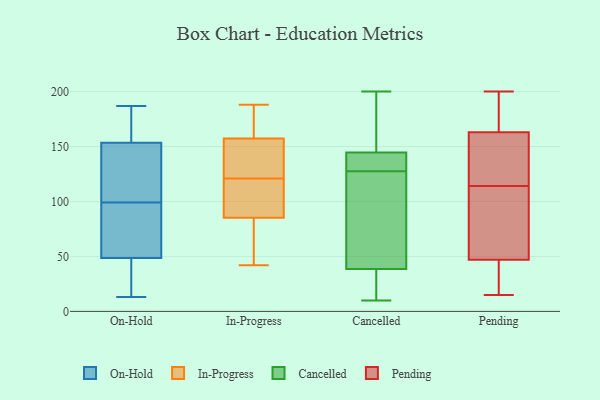
{"axis": {"x": "Operating Costs (USD K)", "y": "Value"}, "legend": ["Cancelled", "In-Progress", "On-Hold", "Pending"], "data": [{"x": "", "y": 68, "type": "On-Hold"}, {"x": "", "y": 178, "type": "On-Hold"}, {"x": "", "y": 79, "type": "On-Hold"}, {"x": "", "y": 29, "type": "On-Hold"}, {"x": "", "y": 13, "type": "On-Hold"}, {"x": "", "y": 64, "type": "On-Hold"}, {"x": "", "y": 153, "type": "On-Hold"}, {"x": "", "y": 119, "type": "On-Hold"}, {"x": "", "y": 126, "type": "On-Hold"}, {"x": "", "y": 154, "type": "On-Hold"}, {"x": "", "y": 187, "type": "On-Hold"}, {"x": "", "y": 33, "type": "On-Hold"}, {"x": "", "y": 164, "type": "In-Progress"}, {"x": "", "y": 179, "type": "In-Progress"}, {"x": "", "y": 127, "type": "In-Progress"}, {"x": "", "y": 42, "type": "In-Progress"}, {"x": "", "y": 95, "type": "In-Progress"}, {"x": "", "y": 115, "type": "In-Progress"}, {"x": "", "y": 146, "type": "In-Progress"}, {"x": "", "y": 121, "type": "In-Progress"}, {"x": "", "y": 188, "type": "In-Progress"}, {"x": "", "y": 66, "type": "In-Progress"}, {"x": "", "y": 110, "type": "In-Progress"}, {"x": "", "y": 82, "type": "In-Progress"}, {"x": "", "y": 121, "type": "In-Progress"}, {"x": "", "y": 69, "type": "In-Progress"}, {"x": "", "y": 161, "type": "In-Progress"}, {"x": "", "y": 134, "type": "Cancelled"}, {"x": "", "y": 150, "type": "Cancelled"}, {"x": "", "y": 25, "type": "Cancelled"}, {"x": "", "y": 160, "type": "Cancelled"}, {"x": "", "y": 10, "type": "Cancelled"}, {"x": "", "y": 108, "type": "Cancelled"}, {"x": "", "y": 141, "type": "Cancelled"}, {"x": "", "y": 136, "type": "Cancelled"}, {"x": "", "y": 93, "type": "Cancelled"}, {"x": "", "y": 33, "type": "Cancelled"}, {"x": "", "y": 123, "type": "Cancelled"}, {"x": "", "y": 44, "type": "Cancelled"}, {"x": "", "y": 148, "type": "Cancelled"}, {"x": "", "y": 28, "type": "Cancelled"}, {"x": "", "y": 200, "type": "Cancelled"}, {"x": "", "y": 132, "type": "Cancelled"}, {"x": "", "y": 39, "type": "Pending"}, {"x": "", "y": 110, "type": "Pending"}, {"x": "", "y": 62, "type": "Pending"}, {"x": "", "y": 48, "type": "Pending"}, {"x": "", "y": 142, "type": "Pending"}, {"x": "", "y": 33, "type": "Pending"}, {"x": "", "y": 15, "type": "Pending"}, {"x": "", "y": 46, "type": "Pending"}, {"x": "", "y": 43, "type": "Pending"}, {"x": "", "y": 74, "type": "Pending"}, {"x": "", "y": 136, "type": "Pending"}, {"x": "", "y": 177, "type": "Pending"}, {"x": "", "y": 177, "type": "Pending"}, {"x": "", "y": 119, "type": "Pending"}, {"x": "", "y": 178, "type": "Pending"}, {"x": "", "y": 118, "type": "Pending"}, {"x": "", "y": 94, "type": "Pending"}, {"x": "", "y": 180, "type": "Pending"}, {"x": "", "y": 149, "type": "Pending"}, {"x": "", "y": 200, "type": "Pending"}]}